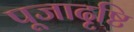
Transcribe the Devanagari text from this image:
पूजादृष्टि